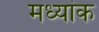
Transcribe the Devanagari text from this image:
मध्यांक